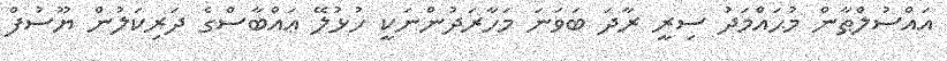
އައްސުލްޠާން މުޙައްމަދު ސިރީ ރާދަ ބަވަނަ މަހާރަދުންނަކީ ހުޅުލޭ ޢައްބާސްގެ ދަރިކަލުން ޔޫސުފް